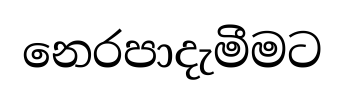
නෙරපාදැමීමට